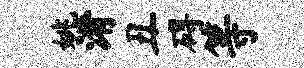
姚淆丑碍等